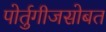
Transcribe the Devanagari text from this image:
पोर्तुगीजसोबत